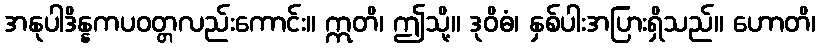
အနုပါဒိန္နကပဝတ္တလည်းကောင်း။ ဣတိ၊ ဤသို့။ ဒုဝိဓံ၊ နှစ်ပါးအပြားရှိသည်။ ဟောတိ၊